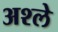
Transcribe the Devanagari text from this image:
अश्ले